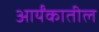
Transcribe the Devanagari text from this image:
आर्यंकातील